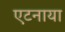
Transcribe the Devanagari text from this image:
एटनाया